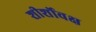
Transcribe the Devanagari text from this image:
शीर्शोवक्ष